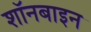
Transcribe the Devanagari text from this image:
शॉनबाइन